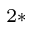
^ { 2 \ast }